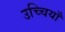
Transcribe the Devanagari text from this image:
उच्चियाँ